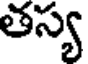
తస్య